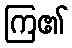
ကြ၏